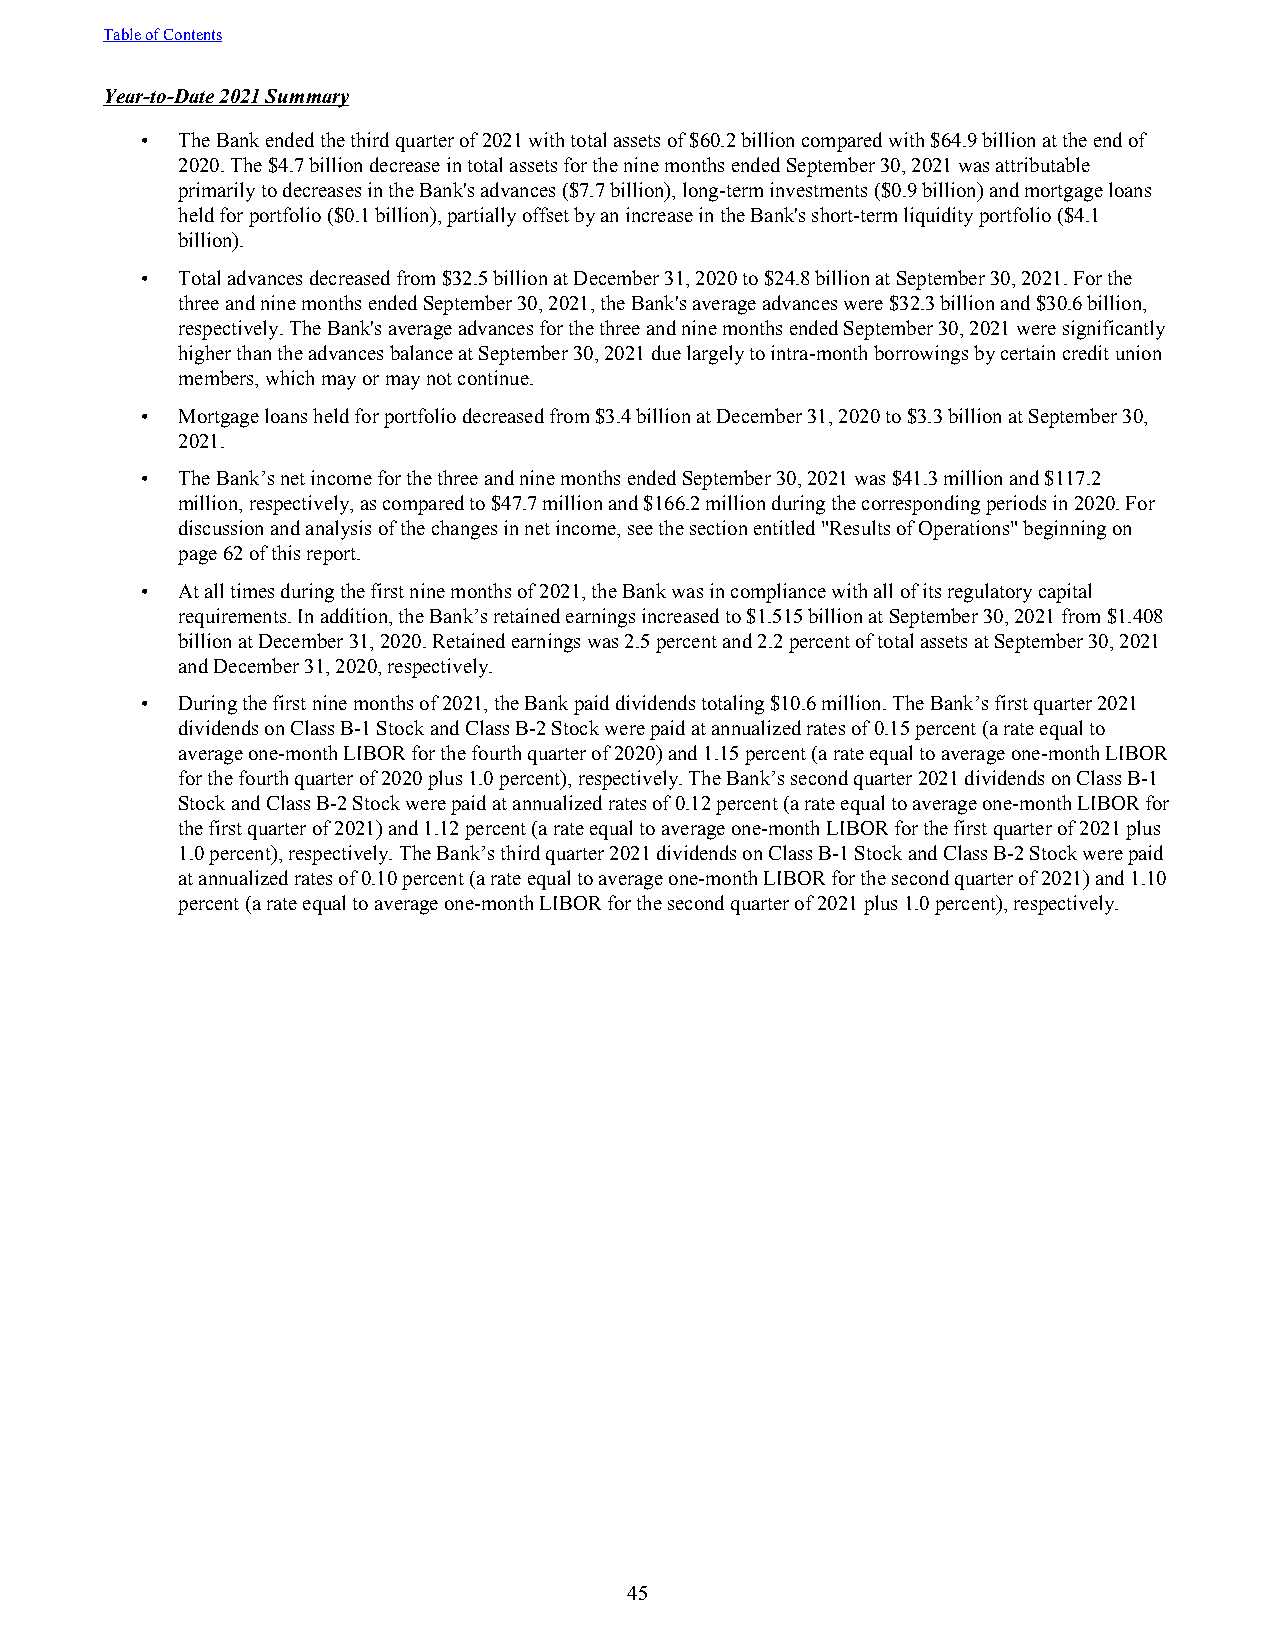
Table of Contents
 Year-to-Date 2021 Summary
 •  The Bank ended the third quarter of 2021 with total assets of $60.2 billion compared with $64.9 billion at the end of
 2020. The $4.7 billion decrease in total assets for the nine months ended September 30, 2021 was attributable
 primarily to decreases in the Bank's advances ($7.7 billion), long-term investments ($0.9 billion) and mortgage loans
 held for portfolio ($0.1 billion), partially offset by an increase in the Bank's short-term liquidity portfolio ($4.1
 billion).
 •  Total advances decreased from $32.5 billion at December 31, 2020 to $24.8 billion at September 30, 2021. For the
 three and nine months ended September 30, 2021, the Bank's average advances were $32.3 billion and $30.6 billion,
 respectively. The Bank's average advances for the three and nine months ended September 30, 2021 were significantly
 higher than the advances balance at September 30, 2021 due largely to intra-month borrowings by certain credit union
 members, which may or may not continue.
 •  Mortgage loans held for portfolio decreased from $3.4 billion at December 31, 2020 to $3.3 billion at September 30,
 2021.
 •  The Bank’s net income for the three and nine months ended September 30, 2021 was $41.3 million and $117.2
 million, respectively, as compared to $47.7 million and $166.2 million during the corresponding periods in 2020. For
 discussion and analysis of the changes in net income, see the section entitled "Results of Operations" beginning on
 page 62 of this report.
 •  At all times during the first nine months of 2021, the Bank was in compliance with all of its regulatory capital
 requirements. In addition, the Bank’s retained earnings increased to $1.515 billion at September 30, 2021 from $1.408
 billion at December 31, 2020. Retained earnings was 2.5 percent and 2.2 percent of total assets at September 30, 2021
 and December 31, 2020, respectively.
 •  During the first nine months of 2021, the Bank paid dividends totaling $10.6 million. The Bank’s first quarter 2021
 dividends on Class B-1 Stock and Class B-2 Stock were paid at annualized rates of 0.15 percent (a rate equal to
 average one-month LIBOR for the fourth quarter of 2020) and 1.15 percent (a rate equal to average one-month LIBOR
 for the fourth quarter of 2020 plus 1.0 percent), respectively. The Bank’s second quarter 2021 dividends on Class B-1
 Stock and Class B-2 Stock were paid at annualized rates of 0.12 percent (a rate equal to average one-month LIBOR for
 the first quarter of 2021) and 1.12 percent (a rate equal to average one-month LIBOR for the first quarter of 2021 plus
 1.0 percent), respectively. The Bank’s third quarter 2021 dividends on Class B-1 Stock and Class B-2 Stock were paid
 at annualized rates of 0.10 percent (a rate equal to average one-month LIBOR for the second quarter of 2021) and 1.10
 percent (a rate equal to average one-month LIBOR for the second quarter of 2021 plus 1.0 percent), respectively.
 45